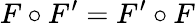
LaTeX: F\circ F^{\prime}=F^{\prime}\circ F